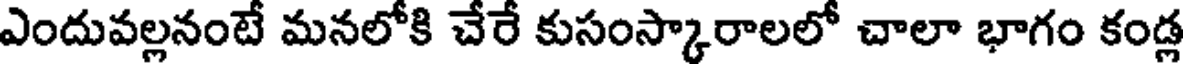
ఎందువల్లనంటే మనలోకి చేరే కుసంస్కారాలలో చాలా భాగం కండ్ల